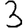
Digit: 3